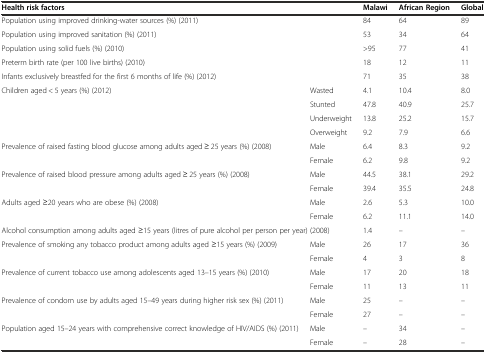
<table><thead><tr><td colspan="2"><b>Health risk factors</b></td><td><b>Malawi</b></td><td><b>African Region</b></td><td><b>Global</b></td></tr></thead><tbody><tr><td colspan="2">Population using improved drinking-water sources (%) (2011)</td><td>84</td><td>64</td><td>89</td></tr><tr><td colspan="2">Population using improved sanitation (%) (2011)</td><td>53</td><td>34</td><td>64</td></tr><tr><td colspan="2">Population using solid fuels (%) (2010)</td><td>&gt;95</td><td>77</td><td>41</td></tr><tr><td colspan="2">Preterm birth rate (per 100 live births) (2010)</td><td>18</td><td>12</td><td>11</td></tr><tr><td colspan="2">Infants exclusively breastfed for the first 6 months of life (%) (2012)</td><td>71</td><td>35</td><td>38</td></tr><tr><td rowspan="4">Children aged &lt; 5 years (%) (2012)</td><td>Wasted</td><td>4.1</td><td>10.4</td><td>8.0</td></tr><tr><td>Stunted</td><td>47.8</td><td>40.9</td><td>25.7</td></tr><tr><td>Underweight</td><td>13.8</td><td>25.2</td><td>15.7</td></tr><tr><td>Overweight</td><td>9.2</td><td>7.9</td><td>6.6</td></tr><tr><td rowspan="2">Prevalence of raised fasting blood glucose among adults aged ≥ 25 years (%) (2008)</td><td>Male</td><td>6.4</td><td>8.3</td><td>9.2</td></tr><tr><td>Female</td><td>6.2</td><td>9.8</td><td>9.2</td></tr><tr><td rowspan="2">Prevalence of raised blood pressure among adults aged ≥ 25 years (%) (2008)</td><td>Male</td><td>44.5</td><td>38.1</td><td>29.2</td></tr><tr><td>Female</td><td>39.4</td><td>35.5</td><td>24.8</td></tr><tr><td rowspan="2">Adults aged ≥20 years who are obese (%) (2008)</td><td>Male</td><td>2.6</td><td>5.3</td><td>10.0</td></tr><tr><td>Female</td><td>6.2</td><td>11.1</td><td>14.0</td></tr><tr><td colspan="2">Alcohol consumption among adults aged ≥15 years (litres of pure alcohol per person per year) (2008)</td><td>1.4</td><td>–</td><td>–</td></tr><tr><td rowspan="2">Prevalence of smoking any tobacco product among adults aged ≥15 years (%) (2009)</td><td>Male</td><td>26</td><td>17</td><td>36</td></tr><tr><td>Female</td><td>4</td><td>3</td><td>8</td></tr><tr><td rowspan="2">Prevalence of current tobacco use among adolescents aged 13–15 years (%) (2010)</td><td>Male</td><td>17</td><td>20</td><td>18</td></tr><tr><td>Female</td><td>11</td><td>13</td><td>11</td></tr><tr><td rowspan="2">Prevalence of condom use by adults aged 15–49 years during higher risk sex (%) (2011)</td><td>Male</td><td>25</td><td>–</td><td>–</td></tr><tr><td>Female</td><td>27</td><td>–</td><td>–</td></tr><tr><td rowspan="2">Population aged 15–24 years with comprehensive correct knowledge of HIV/AIDS (%) (2011)</td><td>Male</td><td>–</td><td>34</td><td>–</td></tr><tr><td>Female</td><td>–</td><td>28</td><td>–</td></tr></tbody></table>